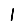
Digit: 1